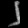
Digit: ၂